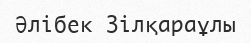
Әлібек Зілқараұлы